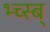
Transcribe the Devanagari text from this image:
भ्च्स्ब्